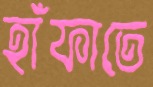
হাঁফাতে